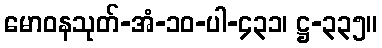
မောဝနသုတ်-အံ-၁၀-ပါ-၄၃၁၊ ဋ္ဌ-၃၃၅။